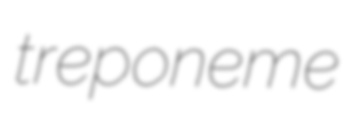
treponeme